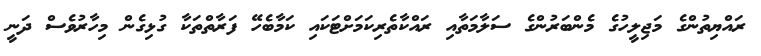
ރައްޔިތުންގެ މަޖިލީހުގެ މެންބަރުންގެ ސަލާމަތާއި ރައްކާތެރިކަމަށްޓަކައި ކަމާބެހޭ ފަރާތްތަކާ ގުޅިގެން މިހާރުވެސް ދަނީ